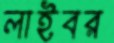
লাইবর